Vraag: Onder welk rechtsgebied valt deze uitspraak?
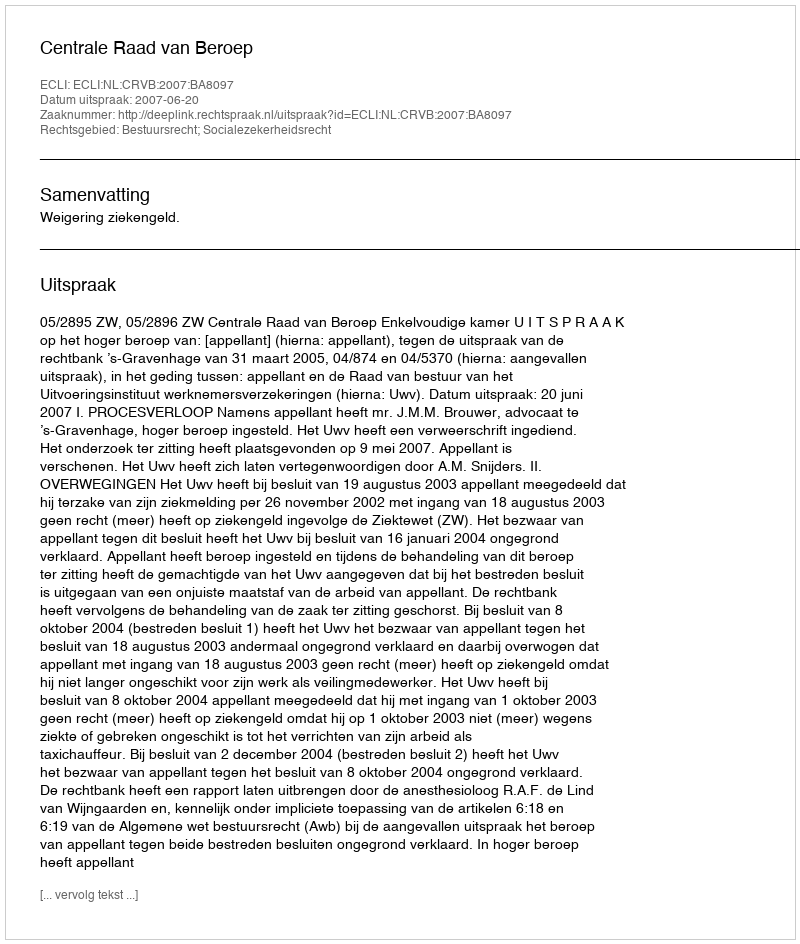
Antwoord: Bestuursrecht; Socialezekerheidsrecht